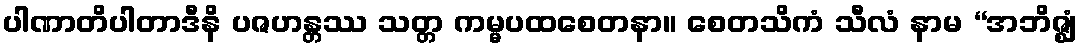
ပါဏာတိပါတာဒီနိ ပဇဟန္တဿ သတ္တ ကမ္မပထစေတနာ။ စေတသိကံ သီလံ နာမ “အဘိဇ္ဈံ